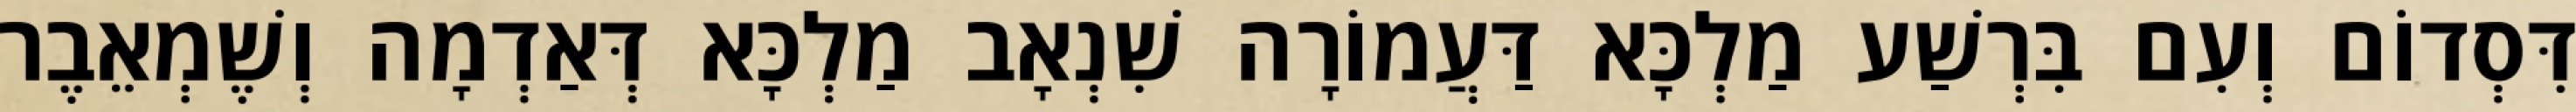
דִּסְדוֹם וְעִם בִּרְשַׁע מַלְכָּא דַּעֲמוֹרָה שִׁנְאָב מַלְכָּא דְּאַדְמָה וְשֶׁמְאֵבֶר